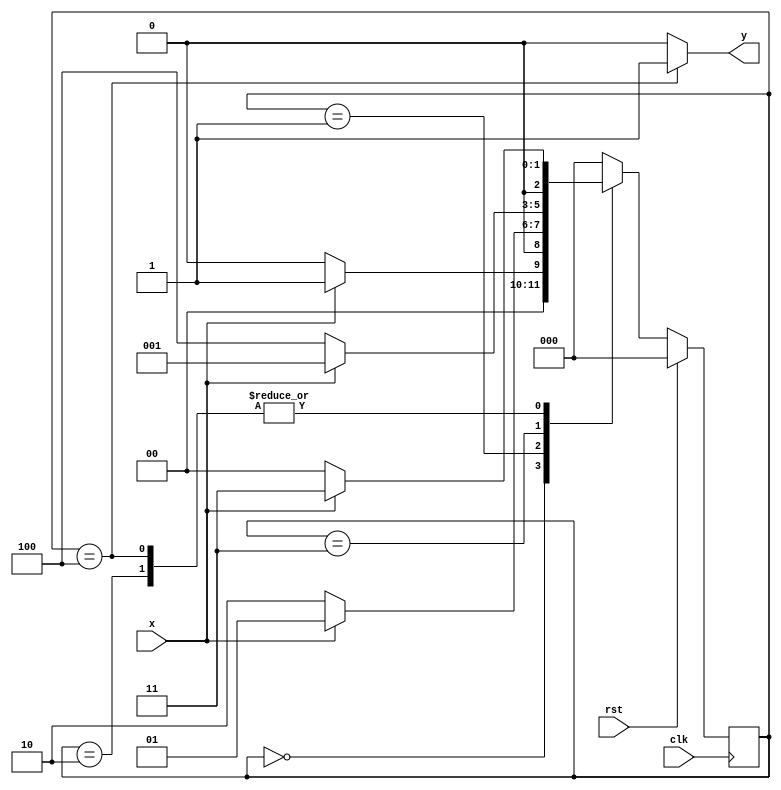
module seq_1010(input clk,rst,x,output y);
parameter s0=3'd0;parameter s1=3'd1;
parameter s2=3'd2;parameter s3=3'd3;parameter s4=3'd4;
reg [2:0]ps,ns;
always@(posedge clk)
begin
 if(rst) ps<=0;
 else ps<=ns;
end
always@(ps,x)
begin
 case(ps)
  s0:begin ns=x?s1:s0;end
  s1:begin ns=x?s1:s2;end
  s2:begin ns=x?s3:s0;end
  s3:begin ns=x?s1:s4;end
  s4:begin ns=x?s3:s0;end
  default : begin ns=s0; end
 endcase
end
assign y=(ps==s4)?1:0;
endmodule


module tb;
reg clk,rst,x;
wire y;
always #1 clk=~clk;
seq_1010 s1(clk,rst,x,y);
initial begin
$monitor($time," x=%b  y=%b ",x,y);
#0 clk=1;rst=1;
#2 rst=0;
#2 x=0;
#2 x=1;
#2 x=0;
#2 x=1;
#2 x=0;
#2 x=1;
#2 x=0;
#2 x=1;
#2 x=0;
#2 x=1;
end
initial begin
#100 $finish;
end
endmodule